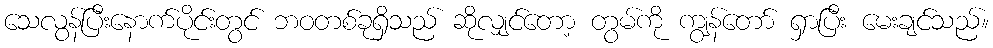
သေလွန်ပြီးနောက်ပိုင်းတွင် ဘဝတစ်ခုရှိသည် ဆိုလျှင်တော့ တွမ်ကို ကျွန်တော် ရှာပြီး မေးချင်သည်။